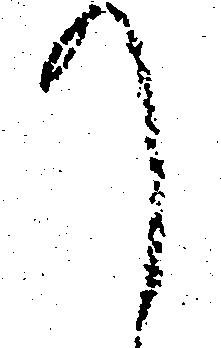
て